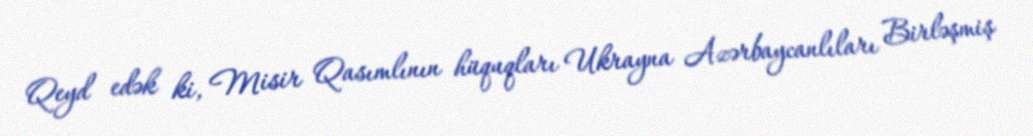
Qeyd edək ki, Misir Qasımlının hüquqları Ukrayna Azərbaycanlıları Birləşmiş